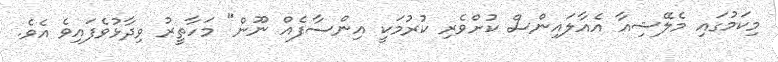
މިކަމުގައި މެލޭޝިއާ އެއާލައިންސް ކުށްވެރި ކުރުމަކީ އިންސާފެއް ނޫން" މަހާތީރު ވިދާޅުވެފައިވެ އެވެ.